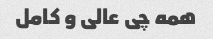
همه چی عالی و کامل